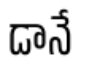
డానే